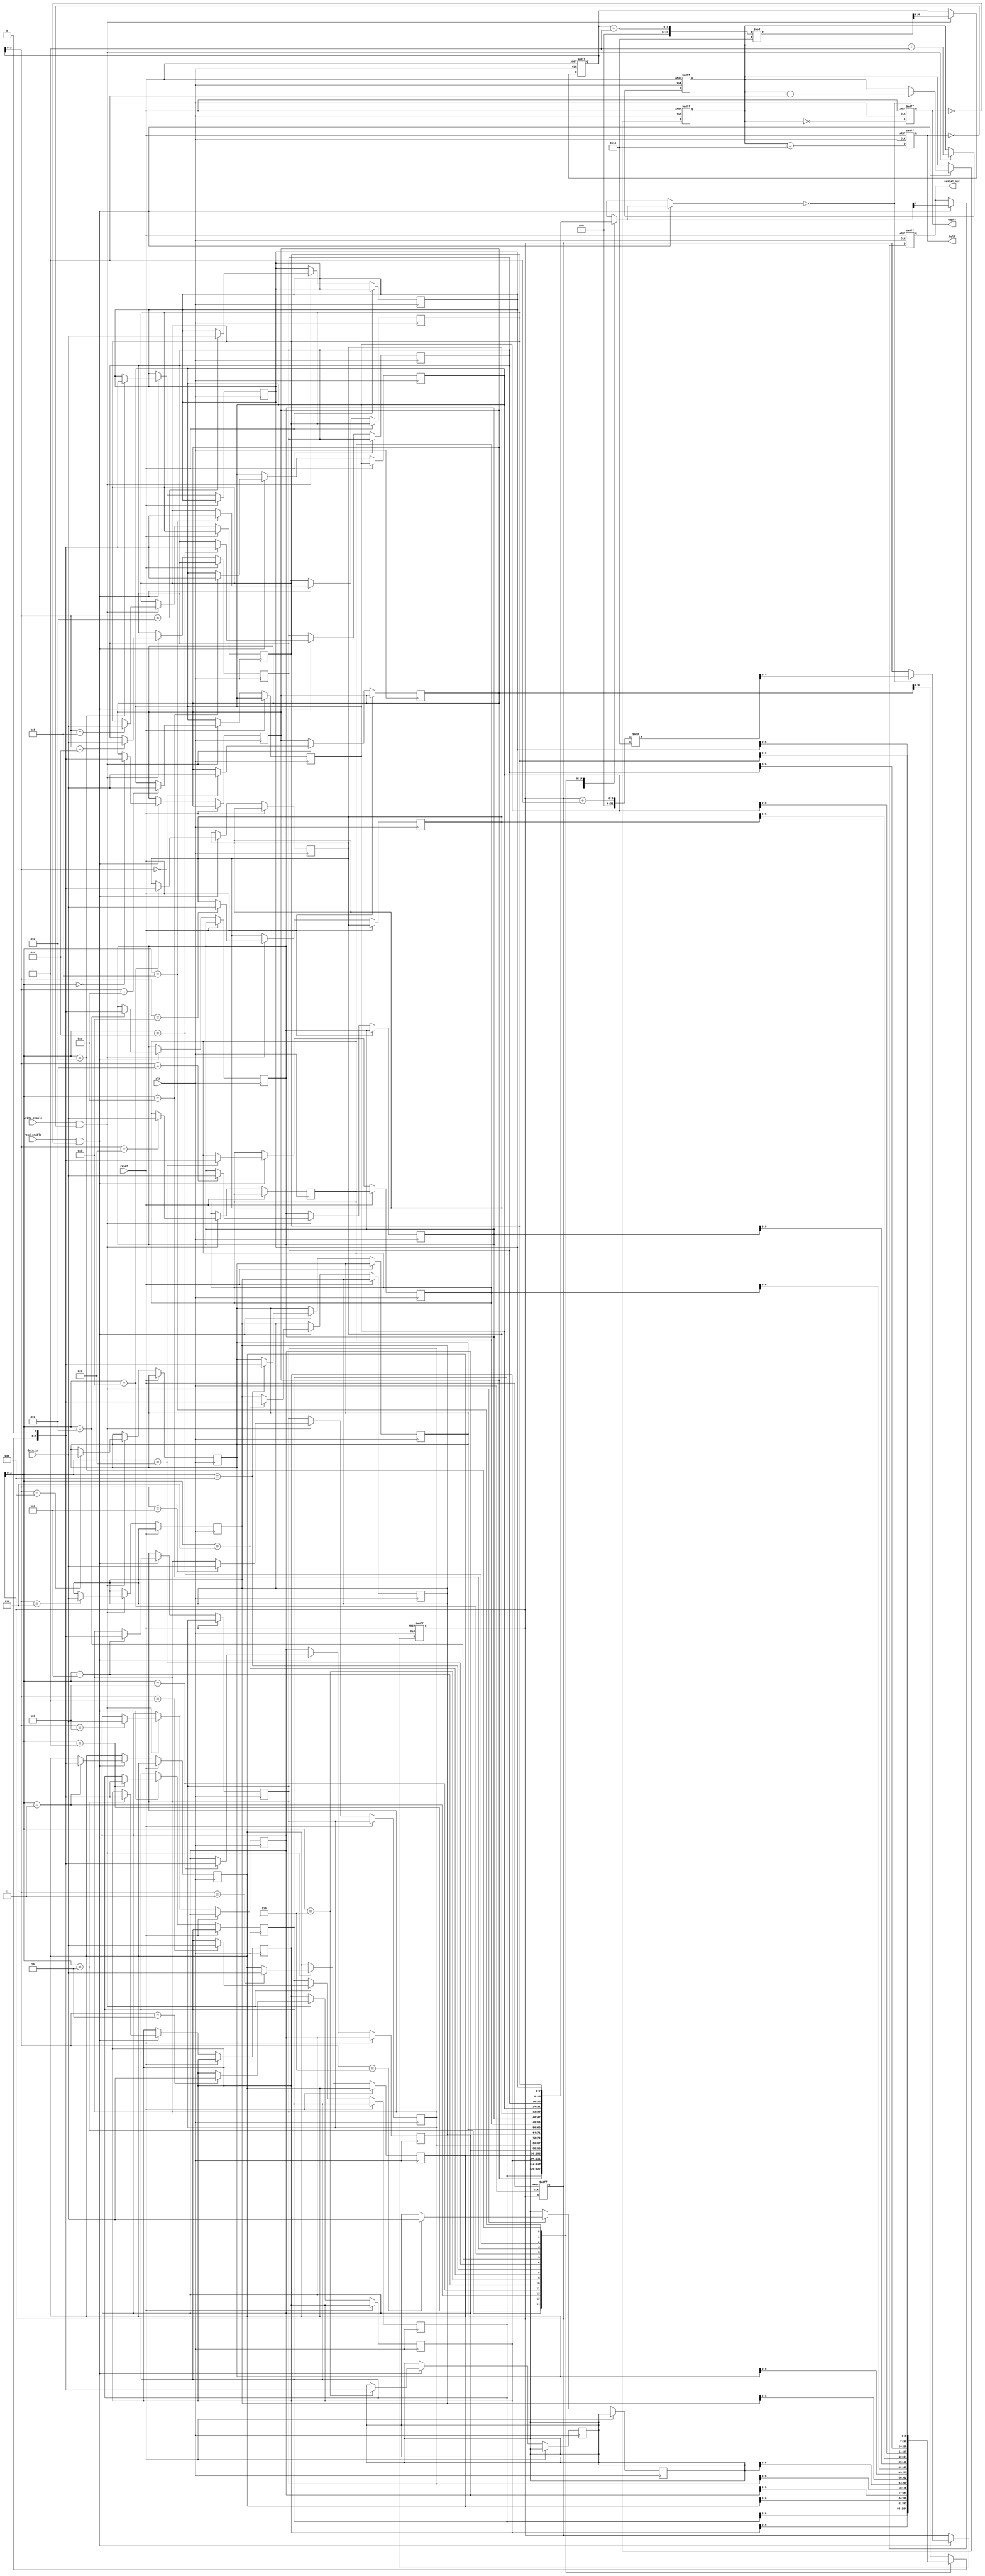
module FIFO_PISO #(
    parameter DATA_WIDTH = 8, // Width of the data input
    parameter FIFO_DEPTH = 16  // Depth of the FIFO
)(
    input wire clk,             // Clock signal
    input wire reset,           // Reset signal
    input wire write_enable,    // Write enable signal
    input wire read_enable,     // Read enable signal
    input wire [DATA_WIDTH-1:0] data_in, // Parallel data input
    output reg serial_out,      // Serial output
    output reg full,            // Full flag
    output reg empty            // Empty flag
);

    // Internal storage for FIFO
    reg [DATA_WIDTH-1:0] fifo_mem[FIFO_DEPTH-1:0];
    reg [4:0] write_ptr;       // Write pointer
    reg [4:0] read_ptr;        // Read pointer
    reg [4:0] count;           // Number of elements in FIFO

    // Initialization
    initial begin
        write_ptr = 0;
        read_ptr = 0;
        count = 0;
        full = 0;
        empty = 1;
    end

    // Write logic
    always @(posedge clk or posedge reset) begin
        if (reset) begin
            write_ptr <= 0;
            read_ptr <= 0;
            count <= 0;
            full <= 0;
            empty <= 1;
        end else begin
            if (write_enable && !full) begin
                fifo_mem[write_ptr] <= data_in; // Write data to FIFO
                write_ptr <= (write_ptr + 1) % FIFO_DEPTH; // Circular increment
                count <= count + 1;
            end
            // Update full and empty flags
            full <= (count == FIFO_DEPTH);
            empty <= (count == 0);
        end
    end

    // Read logic
    always @(posedge clk or posedge reset) begin
        if (reset) begin
            serial_out <= 0;
            read_ptr <= 0;
            count <= 0;
            full <= 0;
            empty <= 1;
        end else begin
            if (read_enable && !empty) begin
                serial_out <= fifo_mem[read_ptr][DATA_WIDTH-1]; // Output the MSB
                fifo_mem[read_ptr] <= {fifo_mem[read_ptr][DATA_WIDTH-2:0], 1'b0}; // Shift left
                if (fifo_mem[read_ptr] == 0) begin
                    read_ptr <= (read_ptr + 1) % FIFO_DEPTH; // Circular increment
                    count <= count - 1;
                end
            end
            // Update full and empty flags
            full <= (count == FIFO_DEPTH);
            empty <= (count == 0);
        end
    end

endmodule